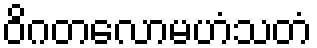
ဝိဂတလောမဟံသတံ